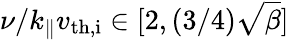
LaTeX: \nu/k_{\parallel}v_{\mathrm{th,i}}\in[2,(3/4)\sqrt{\beta}]